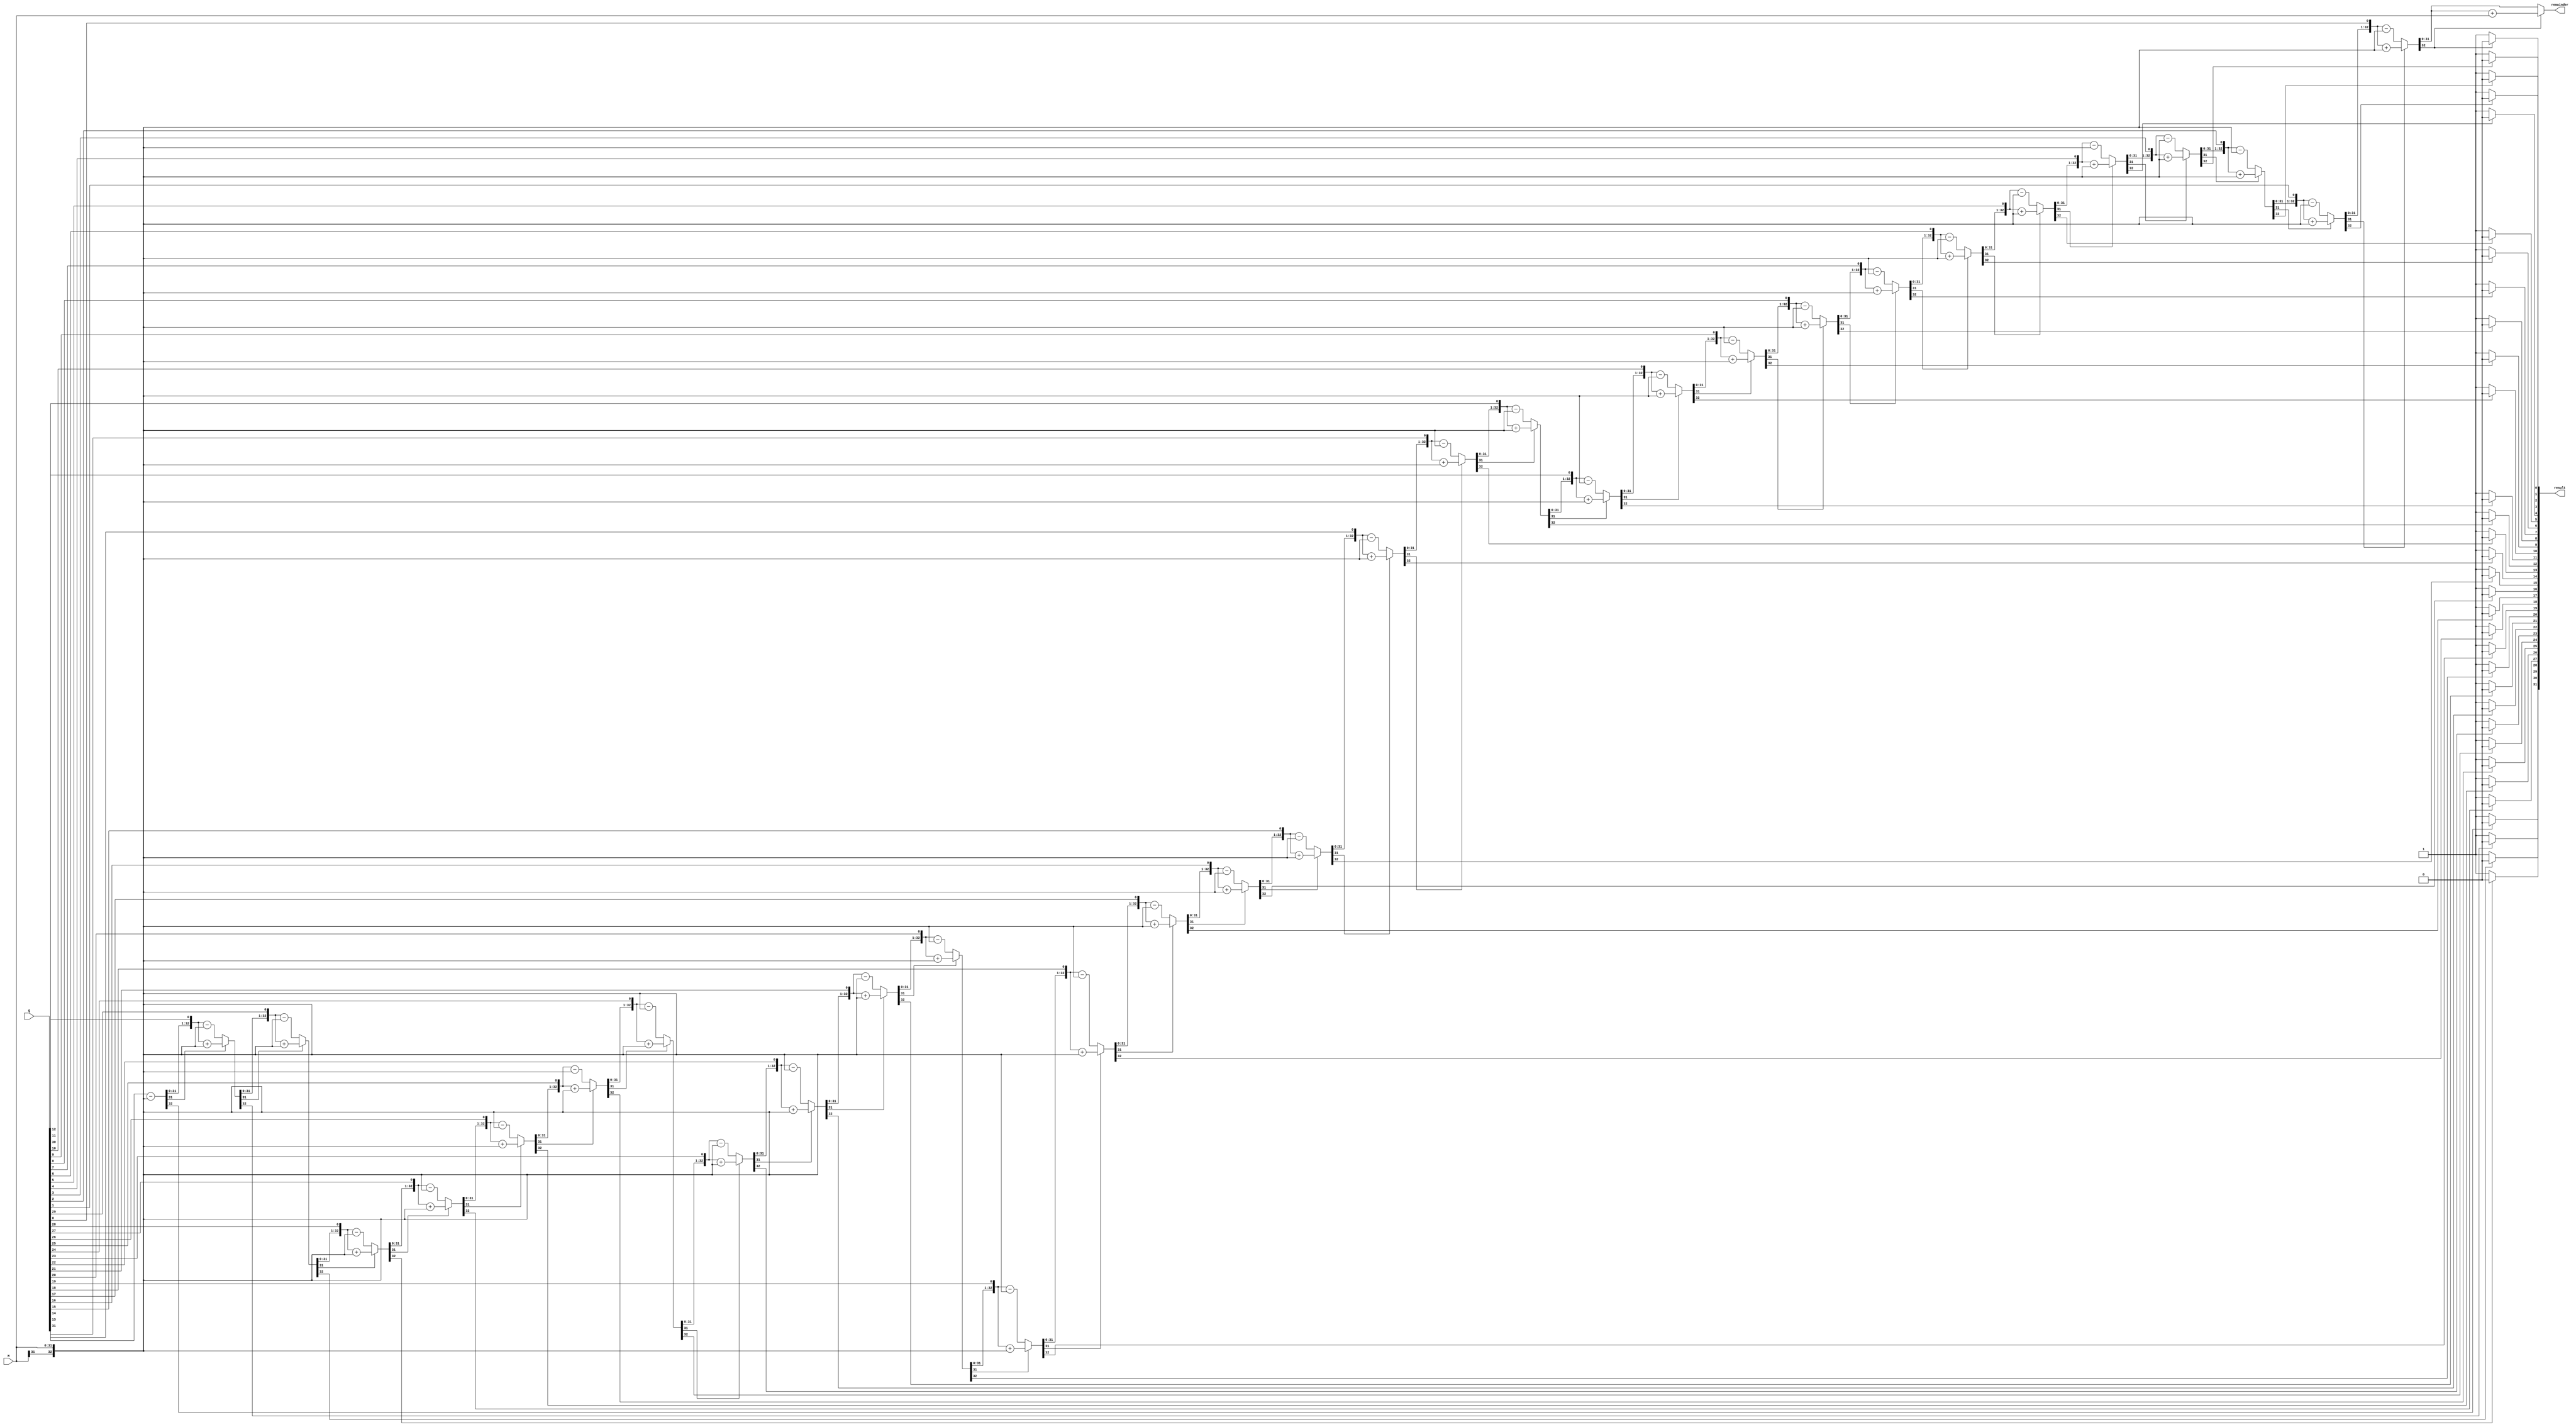
module Division (input [31:0] Q, M, output [31:0] result, remainder);

	reg [64:0] AQ;
	reg [32:0] Mtemp, Rem;
	reg [5:0] i;
	
	assign result = AQ[31:0];
	assign remainder = Rem[31:0];
	
	always @ (Q or M) begin
		AQ[64:32] = 0;
		AQ[31:0] = Q;
		Mtemp[31:0] = M;
		Mtemp[32] = M[31];
		
		for (i = 0; i < 32; i = i + 1) begin
			AQ = AQ << 1;
			if (AQ[64] == 0) begin
				AQ[64:32] = AQ[64:32] - Mtemp;
			end else begin
				AQ[64:32] = AQ[64:32] + Mtemp;
			end
			
			if (AQ[64] == 0) begin
				AQ[0] = 1;
			end else begin
				AQ[0] = 0;
			end
		end
		if (AQ[64]) begin
			Rem = AQ[64:32] + Mtemp;
		end else	begin
			Rem = AQ[64:32];
		end
	end
endmodule